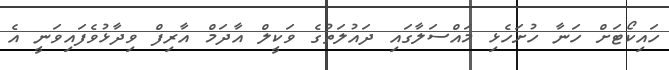
ހައިކޯޓަށް ހަނާ ހުށަހެޅި މައްސަލާގައި ދައުލަތުގެ ވަކީލް އާދަމް އާރިފް ވިދާޅުވެފައިވަނީ އެ